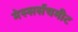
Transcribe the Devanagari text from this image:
मेस्सर्सचमीट